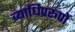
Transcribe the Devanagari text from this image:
व्याधिप्ररूपों